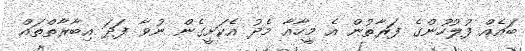
ބައެއް ފުލުހުންގެ ފަރާތުން އެ މީހާއާ މެދު އެކަށީގެން ނުވާ ފަދަ އިބާރާތްތައް